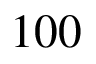
1 0 0